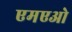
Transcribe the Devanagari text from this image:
एमएओ